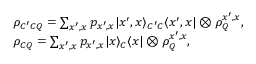
\begin{array} { r l } & { \rho _ { C ^ { \prime } C Q } = \sum _ { x ^ { \prime } , x } p _ { x ^ { \prime } , x } | x ^ { \prime } , x \rangle _ { C ^ { \prime } C } \langle x ^ { \prime } , x | \otimes \rho _ { Q } ^ { x ^ { \prime } , x } , } \\ & { \rho _ { C Q } = \sum _ { x ^ { \prime } , x } p _ { x ^ { \prime } , x } | x \rangle _ { C } \langle x | \otimes \rho _ { Q } ^ { x ^ { \prime } , x } , } \end{array}